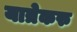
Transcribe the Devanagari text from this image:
यात्रेकरु